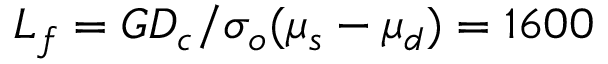
L _ { f } = G D _ { c } / \sigma _ { o } ( \mu _ { s } - \mu _ { d } ) = 1 6 0 0